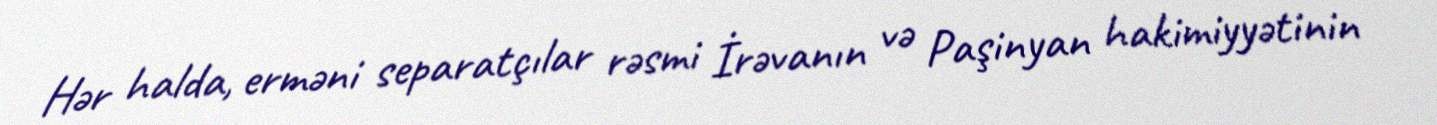
Hər halda, erməni separatçılar rəsmi İrəvanın və Paşinyan hakimiyyətinin